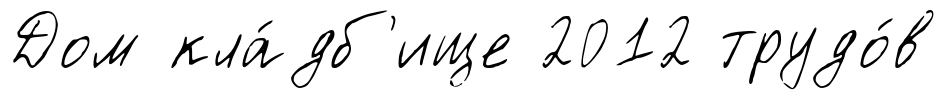
Дом кла́дб'ище 2012 трудо́в